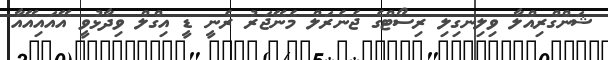
ޝަންގްރިއްލާ ވިލިނގިލި ރިސޯޓްގެ ޖެނެރަލް މެނޭޖަރު ރެނީ ޑީ އިގްލް ވިދާޅުވީ އޭއައިއޭއާ